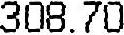
308.70